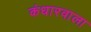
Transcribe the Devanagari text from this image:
कंधारवाला